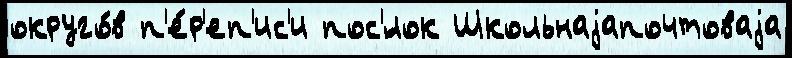
округо́в п'е́р'еп'ис'и пос'́лок Школьнаjапочтоваjа